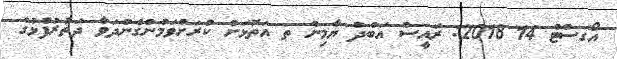
އޯގަސްޓް 14 2018: ރައީސް އަބްދު ޔާމިން ތ އަތޮޅަށް ކުރަށްވަމުންގެންދަވާ ދަތުރުފުޅުގެ